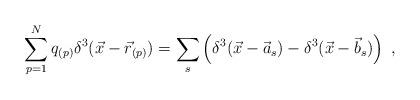
LaTeX: \begin{align*}\sum_{p=1}^{N}q_{(p)}\delta^{3}(\vec{x}-\vec{r}_{(p)})=\sum_{s}\left(\delta^{3}(\vec{x}-\vec{a}_{s})-\delta^{3}(\vec{x}-\vec{b}_{s})\right)\;,\end{align*}